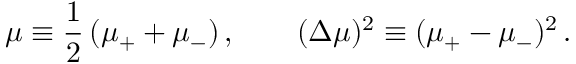
\mu \equiv \frac { 1 } { 2 } \, ( \mu _ { + } + \mu _ { - } ) \, , \qquad ( \Delta \mu ) ^ { 2 } \equiv ( \mu _ { + } - \mu _ { - } ) ^ { 2 } \, .